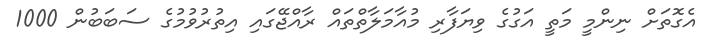
އެގޮތަށް ނިންމީ މަތީ އަގުގެ ވިޔަފާރި މުއާމަލާތްތައް ރާއްޖޭގައި އިތުރުވުމުގެ ސަބަބުން 1000